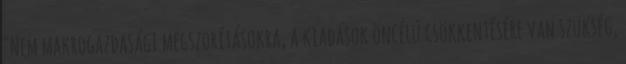
"Nem makrogazdasági megszorításokra, a kiadások öncélú csökkentésére van szükség,